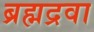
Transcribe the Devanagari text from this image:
ब्रह्मद्रवा